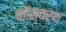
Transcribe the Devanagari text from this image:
कॉस्वर्थ